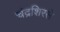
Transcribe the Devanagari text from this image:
चंद्रशिरसे